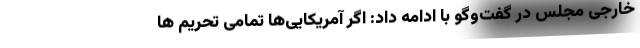
خارجی مجلس در گفت‌وگو با ادامه داد: اگر آمریکایی‌ها تمامی تحریم ها